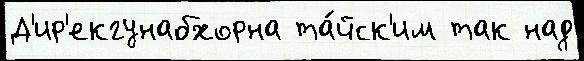
Д'ир'екгунабхорна та́йск'им так над